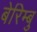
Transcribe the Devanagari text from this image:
बेरिम्बु